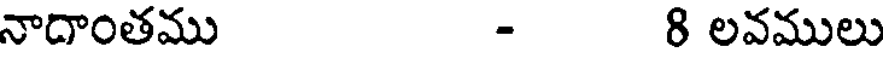
నాదాంతము - 8 లవములు